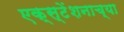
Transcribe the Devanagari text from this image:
एक्स्टेंशनाच्या